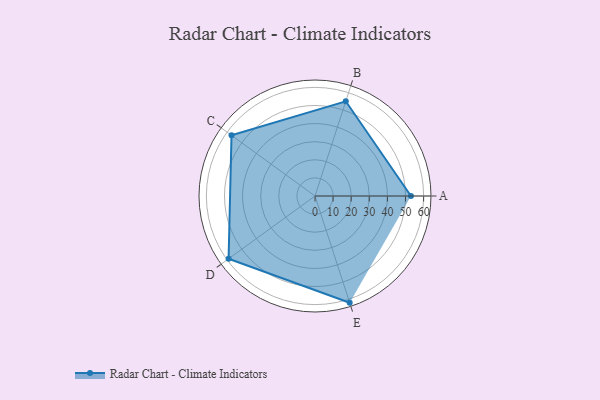
{"axis": {"x": "Skill", "y": "Score"}, "legend": ["Profile"], "data": [{"x": "A", "y": 53.0, "type": "Profile"}, {"x": "B", "y": 55.0, "type": "Profile"}, {"x": "C", "y": 57.0, "type": "Profile"}, {"x": "D", "y": 59.0, "type": "Profile"}, {"x": "E", "y": 62.0, "type": "Profile"}]}